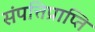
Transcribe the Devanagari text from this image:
संपत्तिप्राप्ति